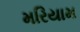
મરિયામ